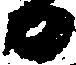
日